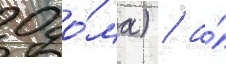
0 до́ма) / а́